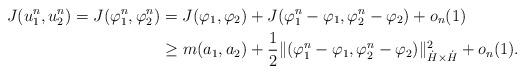
LaTeX: \begin{align*}J(u_1^n, u_2^n)= J(\varphi_1^n, \varphi_2^n) &=J(\varphi_1, \varphi_2) + J(\varphi_1^n - \varphi_1, \varphi_2^n-\varphi_2) + o_n(1) \\&\geq m(a_1, a_2) + \frac12 \|(\varphi_1^n-\varphi_1, \varphi_2^n-\varphi_2)\|^2_{\dot H \times \dot H}+o_n(1).\end{align*}